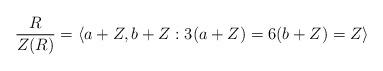
LaTeX: \begin{align*}\frac{R}{Z(R)} = \langle a + Z, b + Z : 3(a + Z) = 6(b + Z) = Z \rangle\end{align*}